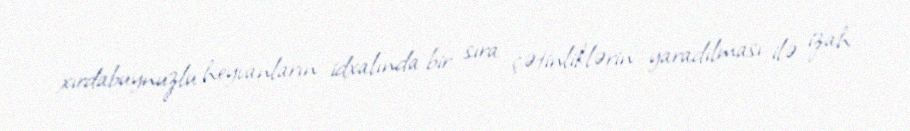
xırdabuynuzlu heyvanların idxalında bir sıra çətinliklərin yaradılması ilə izah